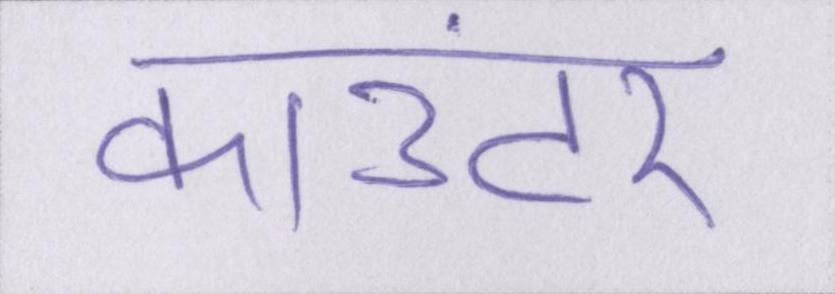
काउंटर